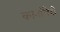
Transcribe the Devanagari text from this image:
कानांचेही